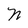
Character: N